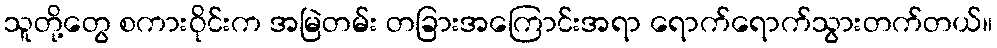
သူတို့တွေ စကားဝိုင်းက အမြဲတမ်း တခြားအကြောင်းအရာ ရောက်ရောက်သွားတက်တယ်။